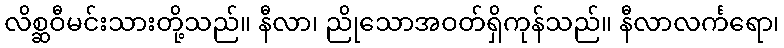
လိစ္ဆဝီမင်းသားတို့သည်။ နီလာ၊ ညိုသောအဝတ်ရှိကုန်သည်။ နီလာလင်္ကရော၊